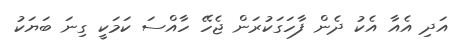
އަދި އެއާ އެކު ދެން ފާހަގަކުރަން ޖެހޭ ހާއްސަ ކަމަކީ ގިނަ ބަޔަކު